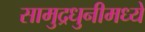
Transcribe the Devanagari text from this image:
सामुद्रधुनीमध्ये